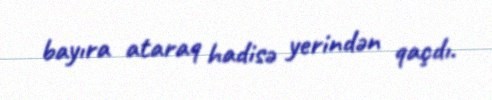
bayıra ataraq hadisə yerindən qaçdı.